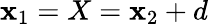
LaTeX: \mathbf{x}_{1}=X=\mathbf{x}_{2}+d